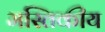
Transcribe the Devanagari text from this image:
मस्तिकीय